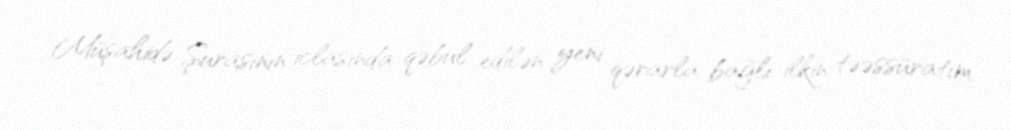
Müşahidə Şurasının iclasında qəbul edilən yeni qərarla bağlı ilkin təəssüratım